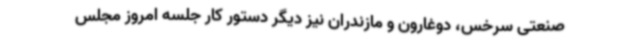
صنعتی سرخس، دوغارون و مازندران نیز دیگر دستور کار جلسه امروز مجلس